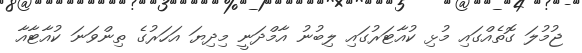
ޖުމުލަ ގޮތެއްގައި މުޅި ކުއާޓަރުގައި ލިބުނު އާމްދަނީ މިދިޔަ އަހަރުގެ ތިންވަނަ ކުއާޓާއާ